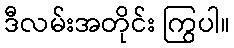
ဒီလမ်းအတိုင်း ကြွပါ။